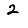
Digit: 2